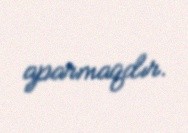
aparmaqdır.